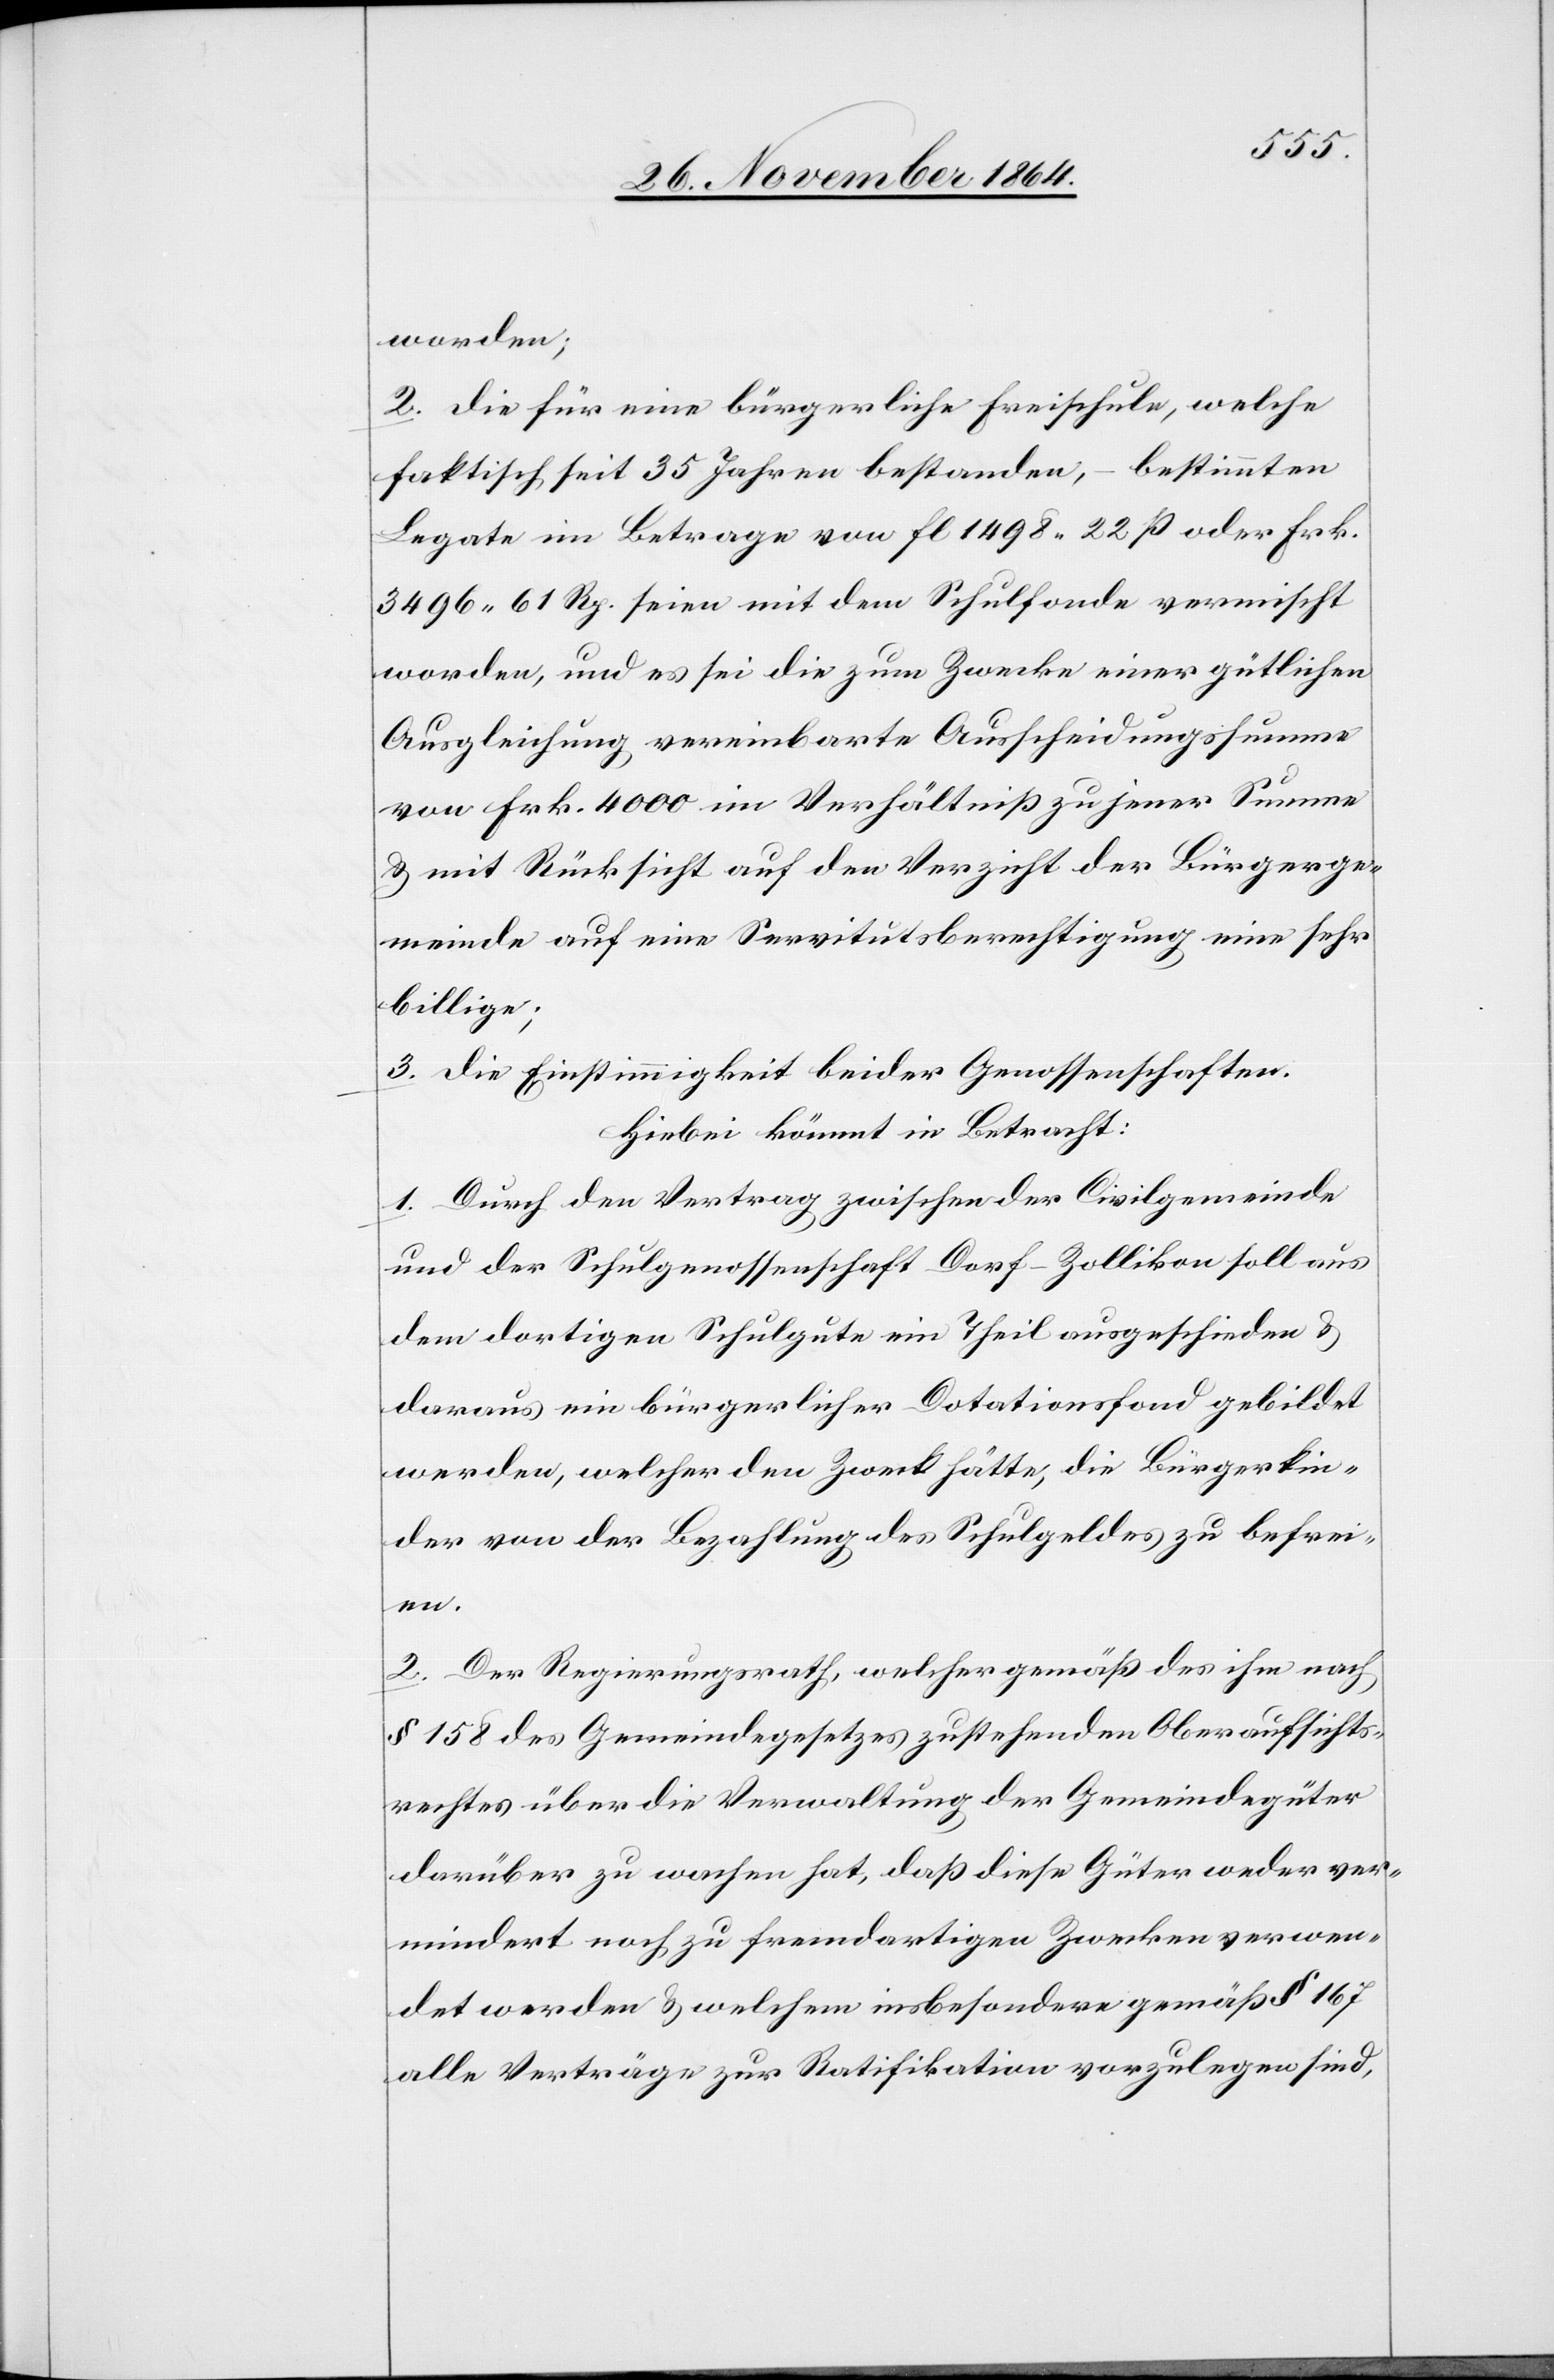
worden;
2. die für eine bürgerliche Freischule, welche
faktisch seit 35 Jahren bestanden, – bestimmten
Legate im Betrage von fl 1498.22 ß oder Frk.
3496.61 Rp. seien mit dem Schulfonde vermischt
worden, und es sei die zum Zwecke einer gütlichen
Ausgleichung vereinbarte Ausscheidungssumme
von Frk. 4000 im Verhältniß zu jener Summe
& mit Rücksicht auf den Verzicht der Bürgerge¬
meinde auf eine Servitutsberechtigung eine sehr
billige;
3. die Einstimmigkeit beider Genossenschaften.
Hiebei kommt in Betracht:
1. Durch den Vertrag zwischen der Civilgemeinde
und der Schulgenossenschaft Dorf-Zollikon soll aus
dem dortigen Schulgute ein Theil ausgeschieden &
daraus ein bürgerlicher Dotationsfond gebildet
werden, welcher den Zweck hätte, die Bürgerkin¬
der von der Bezahlung des Schulgeldes zu befrei¬
en.
2. Der Regierungsrath, welcher gemäß des ihm nach
§ 158 des Gemeindegesetzes zustehenden Oberaufsichts¬
rechtes über die Verwaltung der Gemeindegüter
darüber zu wachen hat, daß diese Güter weder ver¬
mindert noch zu fremdartigen Zwecken verwen¬
det werden & welchem insbesondere gemäß § 167
alle Verträge zur Ratifikation vorzulegen sind,